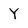
Character: Y